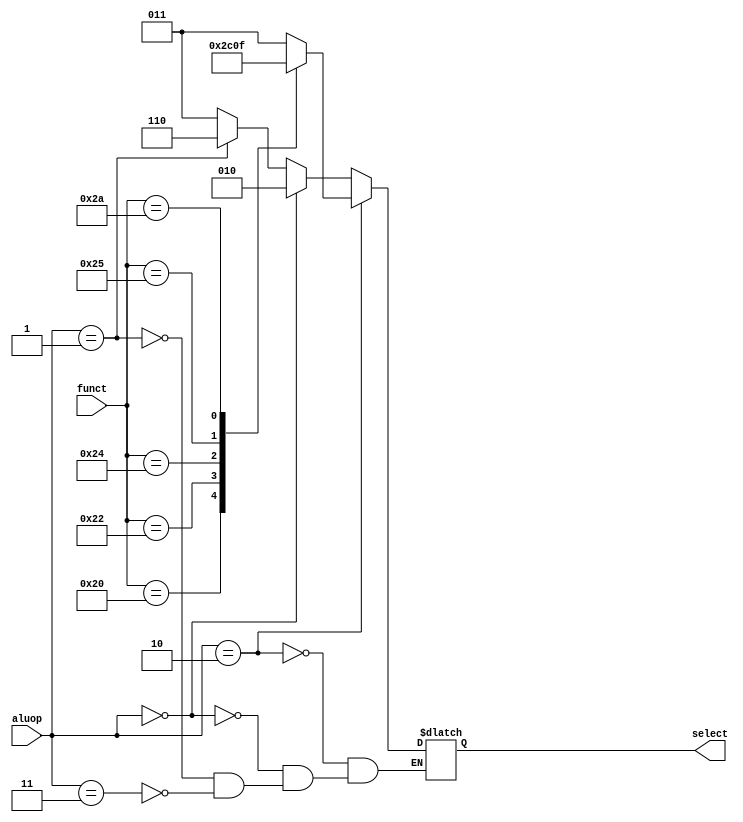
/* alu_control.v */
module alu_control(
    input	wire	[5:0]	funct,
    input	wire	[1:0]	aluop,
    output	reg	[2:0]	select
    );
	
	parameter	Rtype 		=	2'b10,
					Radd			=	6'b100000,
					Rsub			=	6'b100010,
					Rand			=	6'b100100,
					Ror			=	6'b100101,
					Rslt			=	6'b101010;
	
	parameter	lwsw			=	2'b00,
					Itype			=	2'b01,
					xis			=	6'bXXXXXX;
		
	
	parameter	ALUadd		=	3'b010,
					ALUsub		=	3'b110,
					ALUand		=	3'b000,
					ALUor			=	3'b001,
					ALUslt		=	3'b111;
					
	parameter	unknown		=	2'b11,
					ALUx			=	3'b011;
	
	initial
		select <= 0;
	
	always@* begin
		if (aluop == Rtype)
		 begin
			case(funct)
				Radd:			select <= ALUadd;
				Rsub:			select <= ALUsub;
				Rand:			select <= ALUand;
				Ror:			select <= ALUor;
				Rslt:			select <= ALUslt;
				default:		select <= ALUx;
			endcase
	    end
		 
		else if (aluop == lwsw)
       begin
			select <= ALUadd;
		 end
		
		else if (aluop == Itype)
       begin		
		   select <= ALUsub;
		 end
		
		else if (aluop == unknown)
	    begin	
   		select <= ALUx;
		 end
		
		else
		 begin
			select <= select;			
	    end	
	end
endmodule // alu_control